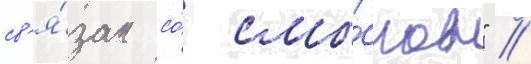
св'я́зан со́ смы́слом" //